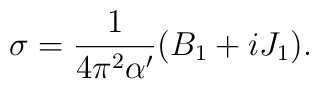
\sigma = \frac1{4\pi^2\alpha^\prime}(B_1+iJ_1).